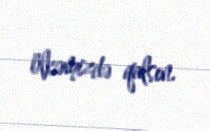
ölkəmizdə qalsın.